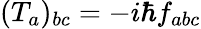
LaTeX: (T_{a})_{bc}=-i\hbar f_{abc}